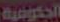
الحكومية